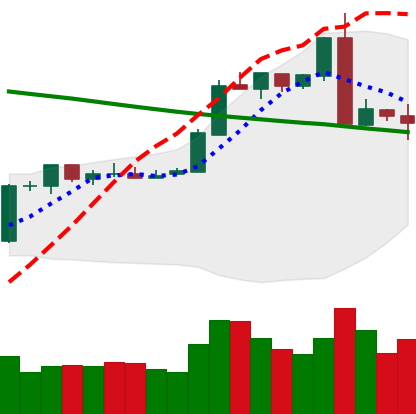
Ticker: ETH-USD
Chart end date: 2019-02-27
Forward return: -6.135%
Label: down_5_7